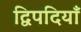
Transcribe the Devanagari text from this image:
द्विपदियाँ